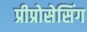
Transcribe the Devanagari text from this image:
प्रीप्रोसेसिंग